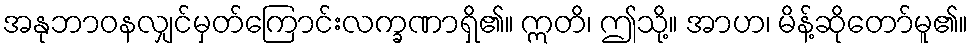
အနုဘာဝနလျှင်မှတ်ကြောင်းလက္ခဏာရှိ၏။ ဣတိ၊ ဤသို့။ အာဟ၊ မိန့်ဆိုတော်မူ၏။